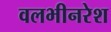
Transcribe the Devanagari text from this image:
वलभीनरेश